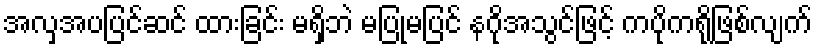
အလှအပပြင်ဆင် ထားခြင်း မရှိဘဲ မပြုမပြင် နဂိုအသွင်ဖြင့် ကပိုကရိုဖြစ်လျက်